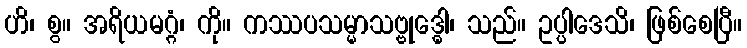
ဟိ၊ စွ။ အရိယမဂ္ဂံ၊ ကို။ ကဿပသမ္မာသဗ္ဗုဒ္ဓေါ၊ သည်။ ဥပ္ပါဒေသိ၊ ဖြစ်စေပြီ။